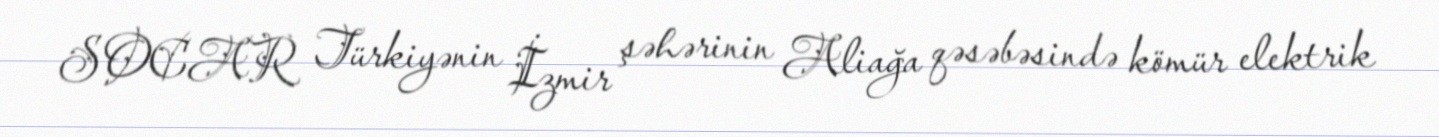
SOCAR Türkiyənin İzmir şəhərinin Aliağa qəsəbəsində kömür elektrik